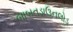
બાબતડાઉનલોડ